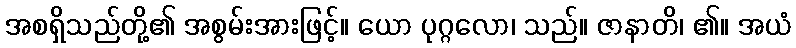
အစရှိသည်တို့၏ အစွမ်းအားဖြင့်။ ယော ပုဂ္ဂလော၊ သည်။ ဇာနာတိ၊ ၏။ အယံ